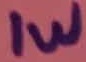
Text: 1W